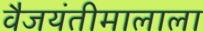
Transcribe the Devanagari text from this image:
वैजयंतीमालाला